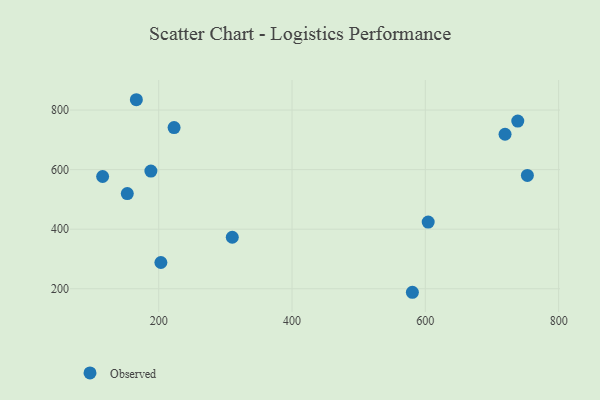
{"axis": {"x": "Distance", "y": "Sales"}, "legend": ["Observed"], "data": [{"x": "580.6", "y": 188.2, "type": "Observed"}, {"x": "152.9", "y": 519.7, "type": "Observed"}, {"x": "310.4", "y": 372.9, "type": "Observed"}, {"x": "753.1", "y": 580.6, "type": "Observed"}, {"x": "115.9", "y": 576.9, "type": "Observed"}, {"x": "223.1", "y": 741.2, "type": "Observed"}, {"x": "738.7", "y": 762.9, "type": "Observed"}, {"x": "188.3", "y": 595.3, "type": "Observed"}, {"x": "719.6", "y": 718.7, "type": "Observed"}, {"x": "604.3", "y": 424.0, "type": "Observed"}, {"x": "166.5", "y": 834.7, "type": "Observed"}, {"x": "203.3", "y": 288.2, "type": "Observed"}]}